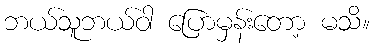
ဘယ်သူဘယ်ဝါ ပြောမှန်းတော့ မသိ။